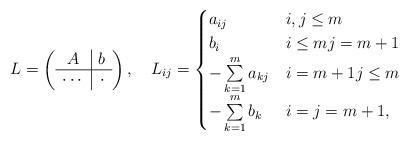
LaTeX: \begin{align*}L=\left(\begin{array}{c|c}A & b\\ \hline\cdots & \cdot\end{array} \right), \quad L_{ij}=\begin{cases} a_{ij} & i,j\leq m\\b_i & i\leq m j=m+1\\-\sum\limits_{k=1}^m a_{kj} & i=m+1j\leq m \\-\sum\limits_{k=1}^m b_{k} & i=j=m+1,\end{cases}\end{align*}